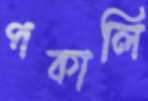
পকালি